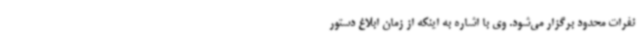
نفرات محدود برگزار می‌شود. وی با اشاره به اینکه از زمان ابلاغ دستور